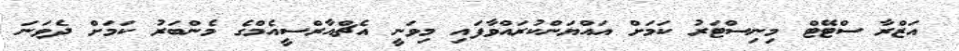
އަޒްރާ ސްޓޭޓް މިނިސްޓަރު ކަމަށް އައްޔަންކުރައްވާފައި މިވަނީ އެޗްއާރްސީއެމްގެ މެންބަރު ކަަމަށް ދެވަނަ